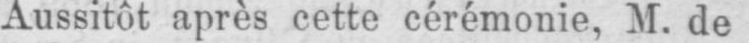
Aussitôt après cette cérémonie, M. de